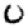
Digit: 0